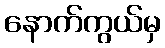
နောက်ကွယ်မှ